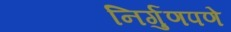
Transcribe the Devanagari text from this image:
निर्गुणपणे